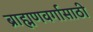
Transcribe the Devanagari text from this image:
ब्राह्मणवर्गासाठी